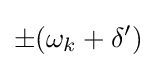
\pm (\omega _{k}+\delta ')